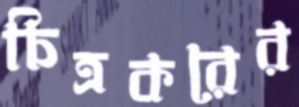
চিত্রকরের